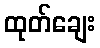
ထုတ်ချေး